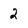
Character: 2